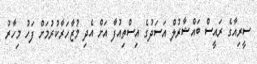
ސީރިއާގެ ރައީސް ބައްޝާރުލް އަސަދުގެ އިސްތިއުފާ އަށް އެދި މުޒާހަރާކުރުމަށް ފަހު މިހާރު